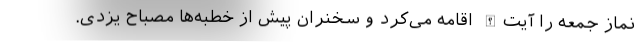
نماز جمعه را آیت‌الله اقامه می‌کرد و سخنران پیش از خطبه‌ها مصباح یزدی.